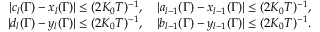
\begin{array} { r l r } & { } & { | c _ { l } ( \Gamma ) - x _ { l } ( \Gamma ) | \leq ( 2 K _ { 0 } T ) ^ { - 1 } , \quad | a _ { l - 1 } ( \Gamma ) - x _ { l - 1 } ( \Gamma ) | \leq ( 2 K _ { 0 } T ) ^ { - 1 } , } \\ & { } & { | d _ { l } ( \Gamma ) - y _ { l } ( \Gamma ) | \leq ( 2 K _ { 0 } T ) ^ { - 1 } , \quad | b _ { l - 1 } ( \Gamma ) - y _ { l - 1 } ( \Gamma ) | \leq ( 2 K _ { 0 } T ) ^ { - 1 } . } \end{array}